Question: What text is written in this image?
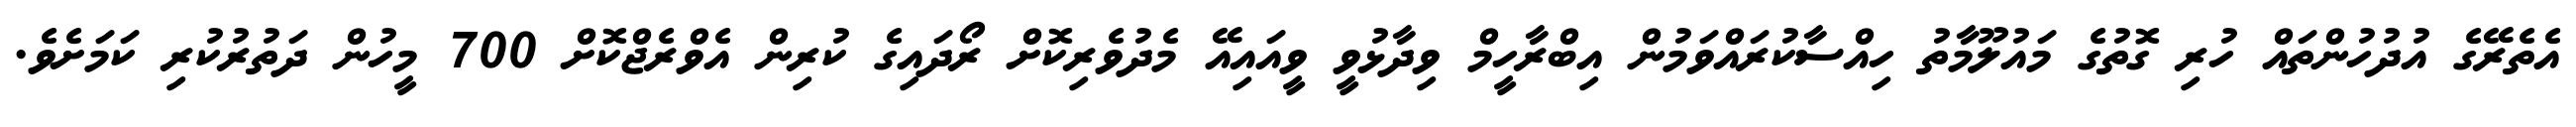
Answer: އެތެރޭގެ އުދުހުންތައް ހުރި ގޮތުގެ މައުލޫމާތު ހިއްސާކުރައްވަމުން އިބްރާހީމް ވިދާޅުވީ ވީއައިއޭ މެދުވެރިކޮށް ރޯދައިގެ ކުރިން އެވްރެޖްކޮށް 700 މީހުން ދަތުރުކުރި ކަމަށެވެ.